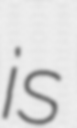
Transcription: is